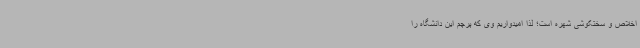
اخلاص و سختکوشی شهره است؛ لذا امیدواریم وی که پرچم این دانشگاه را